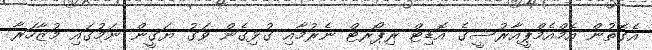
އެގޮތުން އެމްއެމްޕީއާރުސީގެ އޮޑިޓް ރިޕޯރޓް ނެރުމާއި ގުޅިގެން ވަގު ޔަގީން ނަމުގައި މުޒާހަރާ